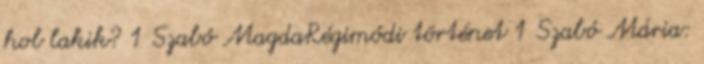
hol lakik? 1 Szabó MagdaRégimódi történet 1 Szabó Mária: